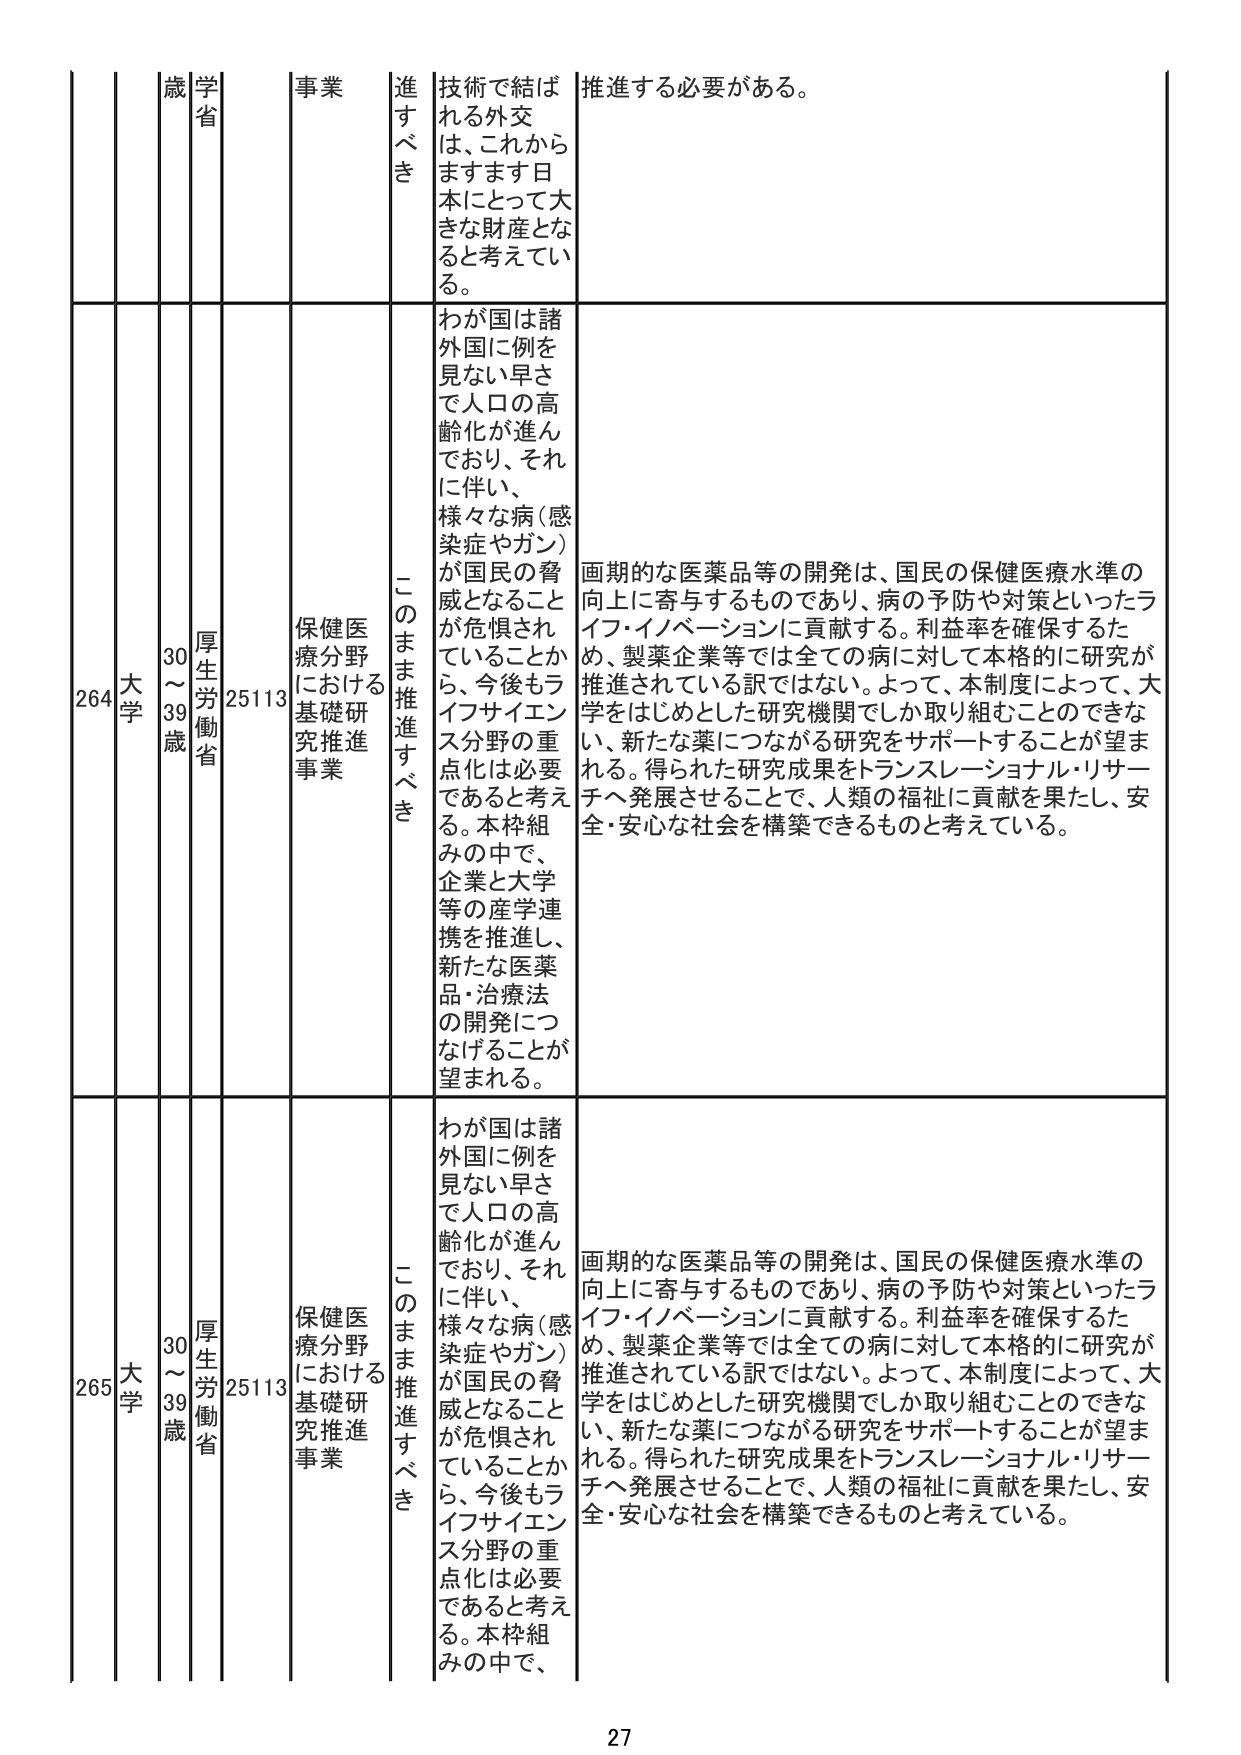
264 大学 30～39歳 厚生労働省 25113 保健医療分野における基礎研究推進事業 このまま推進すべき わが国は諸外国に例を見ない早さで人口の高齢化が進んでおり、それに伴い、様々な病（感染症やガン）が国民の脅威となることが危惧されていることから、今後もライフサイエンス分野の重点化は必要であると考える。本枠組みの中で、企業と大学等の産学連携を推進し、新たな医薬品・治療法の開発につなげることが望まれる。 画期的な医薬品等の開発は、国民の保健医療水準の向上に寄与するものであり、病の予防や対策といったライフ・イノベーションに貢献する。利益率を確保するため、製薬企業等では全ての病に対して本格的に研究が推進されている訳ではない。よって、本制度によって、大学をはじめとした研究機関でしか取り組むことのできない、新たな薬につながる研究をサポートすることが望まれる。得られた研究成果をトランスレーショナル・リサーチへ発展させることで、人類の福祉に貢献を果たし、安全・安心な社会を構築できるものと考えている。

265 大学 30～39歳 厚生労働省 25113 保健医療分野における基礎研究推進事業 このまま推進すべき わが国は諸外国に例を見ない早さで人口の高齢化が進んでおり、それに伴い、様々な病（感染症やガン）が国民の脅威となることが危惧されていることから、今後もライフサイエンス分野の重点化は必要であると考える。本枠組みの中で、 画期的な医薬品等の開発は、国民の保健医療水準の向上に寄与するものであり、病の予防や対策といったライフ・イノベーションに貢献する。利益率を確保するため、製薬企業等では全ての病に対して本格的に研究が推進されている訳ではない。よって、本制度によって、大学をはじめとした研究機関でしか取り組むことのできない、新たな薬につながる研究をサポートすることが望まれる。得られた研究成果をトランスレーショナル・リサーチへ発展させることで、人類の福祉に貢献を果たし、安全・安心な社会を構築できるものと考えている。

技術で結ばれる外交は、これからますます日本にとって大きな財産となると考えている。 推進する必要がある。

27